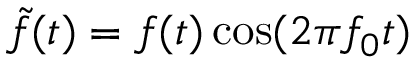
\tilde { f } ( t ) = f ( t ) \cos ( 2 \pi f _ { 0 } t )